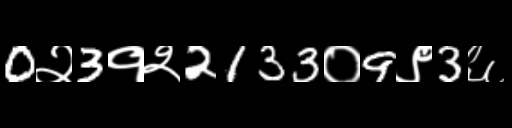
Text: 0२3१२2133०9९3६